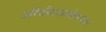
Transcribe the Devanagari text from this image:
शीर्षवासयोग्यता